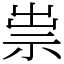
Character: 祟